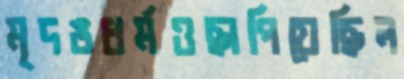
মৃদঙধর্মওছাপিয়েছিল